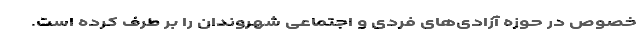
خصوص در حوزه آزادی‌های فردی و اجتماعی شهروندان را بر طرف کرده است.